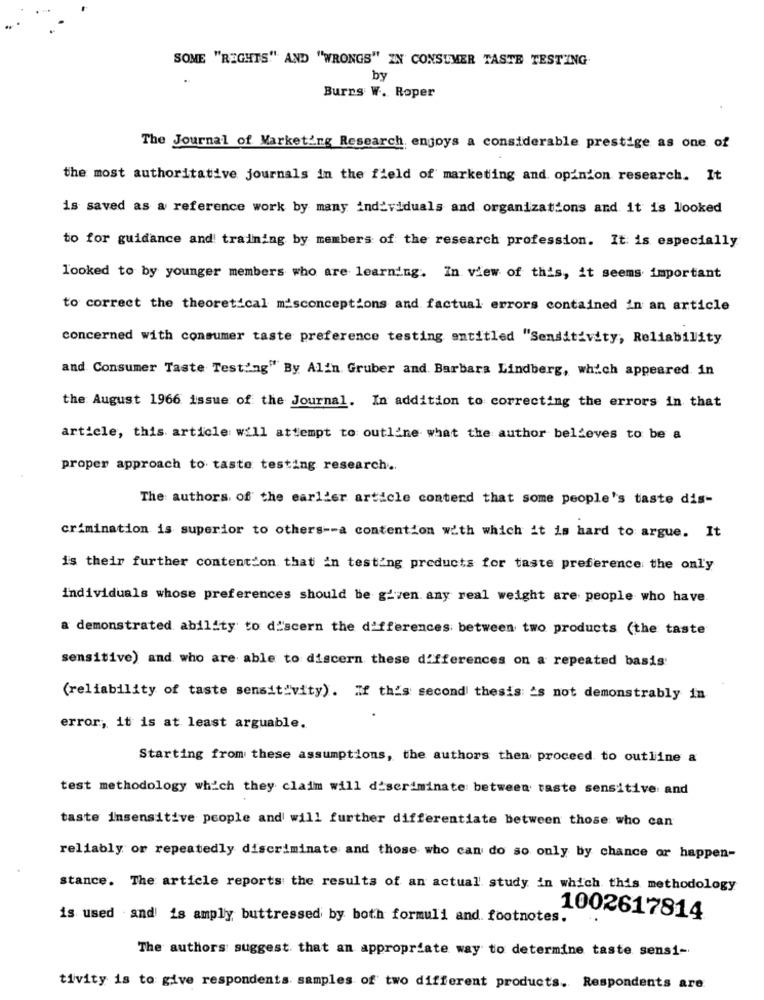
SOME "RIGHTS" AND "WRONGS" IN CONSUMER TASTE TESTING
by
Burrs W. Roper
The Journal of Marketing Research enjoys a considerable prestige as one of
the most authoritative journals in the field of marketing and opinion research. It
is saved as a reference work by many individuals and organizations and it is looked
to for guidance and training by members of the research profession. It is especially
looked to by younger members who are learning. In view of this, it seems important
to correct the theoretical misconceptions and factual errors contained in an article
concerned with consumer taste preference testing entitled "Sensitivity, Reliability
and Consumer Taste Test:'ng" By Alin Gruber and. Barbara Lindberg, which appeared in
the August 1966 issue of the Journal. In addition to correcting the errors in that
article, this article will attempt to outline what the author believes to be a
proper approach to taste testing research ..
The authors of the earlier article conterd that some people's taste dis-
crimination is superior to others -- a contention with which it is hard to argue. It
is their further contention that in testing products for taste preference the only
individuals whose preferences should be given. any real weight are people who have
a demonstrated ability to discern the differences between two products (the taste
sensitive) and who are able to discern these differences on a repeated basis
(reliability of taste sensitivity). If this second thesis 's not demonstrably in
error, it is at least arguable.
Starting from these assumptions, the authors then proceed to outline a
test methodology which they claim will discriminate between taste sensitive and
taste insensitive people and will further differentiate between those who can
reliably or repeatedly discriminate and those who can do so only by chance or happen-
stance. The article reports the results of an actual study in which this methodology
is used and is amply buttressed by both formuli and footnotes.
1002617814
The authors suggest that an appropriate way to determine taste sensi-
tivity is to give respondents samples of two different products. Respondents are